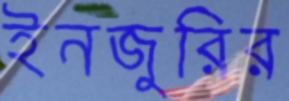
ইনজুরির